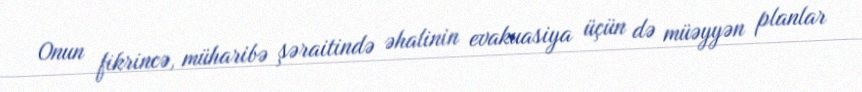
Onun fikrincə, müharibə şəraitində əhalinin evakuasiya üçün də müəyyən planlar